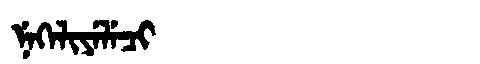
Manchu: ᠨᡝᡴᡝᠯᡳᠶᡝᠯᡝᠴᡳ
Romanization: NEKELIYELECI